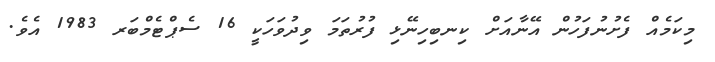
މިކަމެއް ފެށުނުފަހުން އޭނާއަށް ކިނބިހިނޭޅި ފުރުތަމަ ވިދުވަހަކީ 16 ސެޕްޓެމްބަރ 1983 އެވެ.